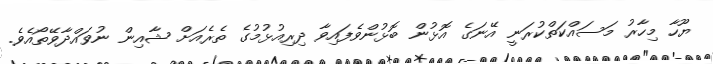
ޔޫހާ މިހާރު މަސައްކަތްކުރަނީ އޭނަގެ އޮޅުން ބޮޅުންވެފައިވާ ދިރިއުޅުމުގެ ތެރެއަށް ޝާއިން ނުވައްދާވޭތޯއެވެ.